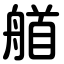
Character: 艏